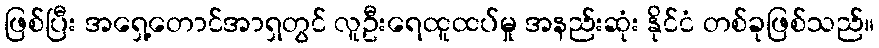
ဖြစ်ပြီး အရှေ့တောင်အာရှတွင် လူဦးရေထူထပ်မှု အနည်းဆုံး နိုင်ငံ တစ်ခုဖြစ်သည်။